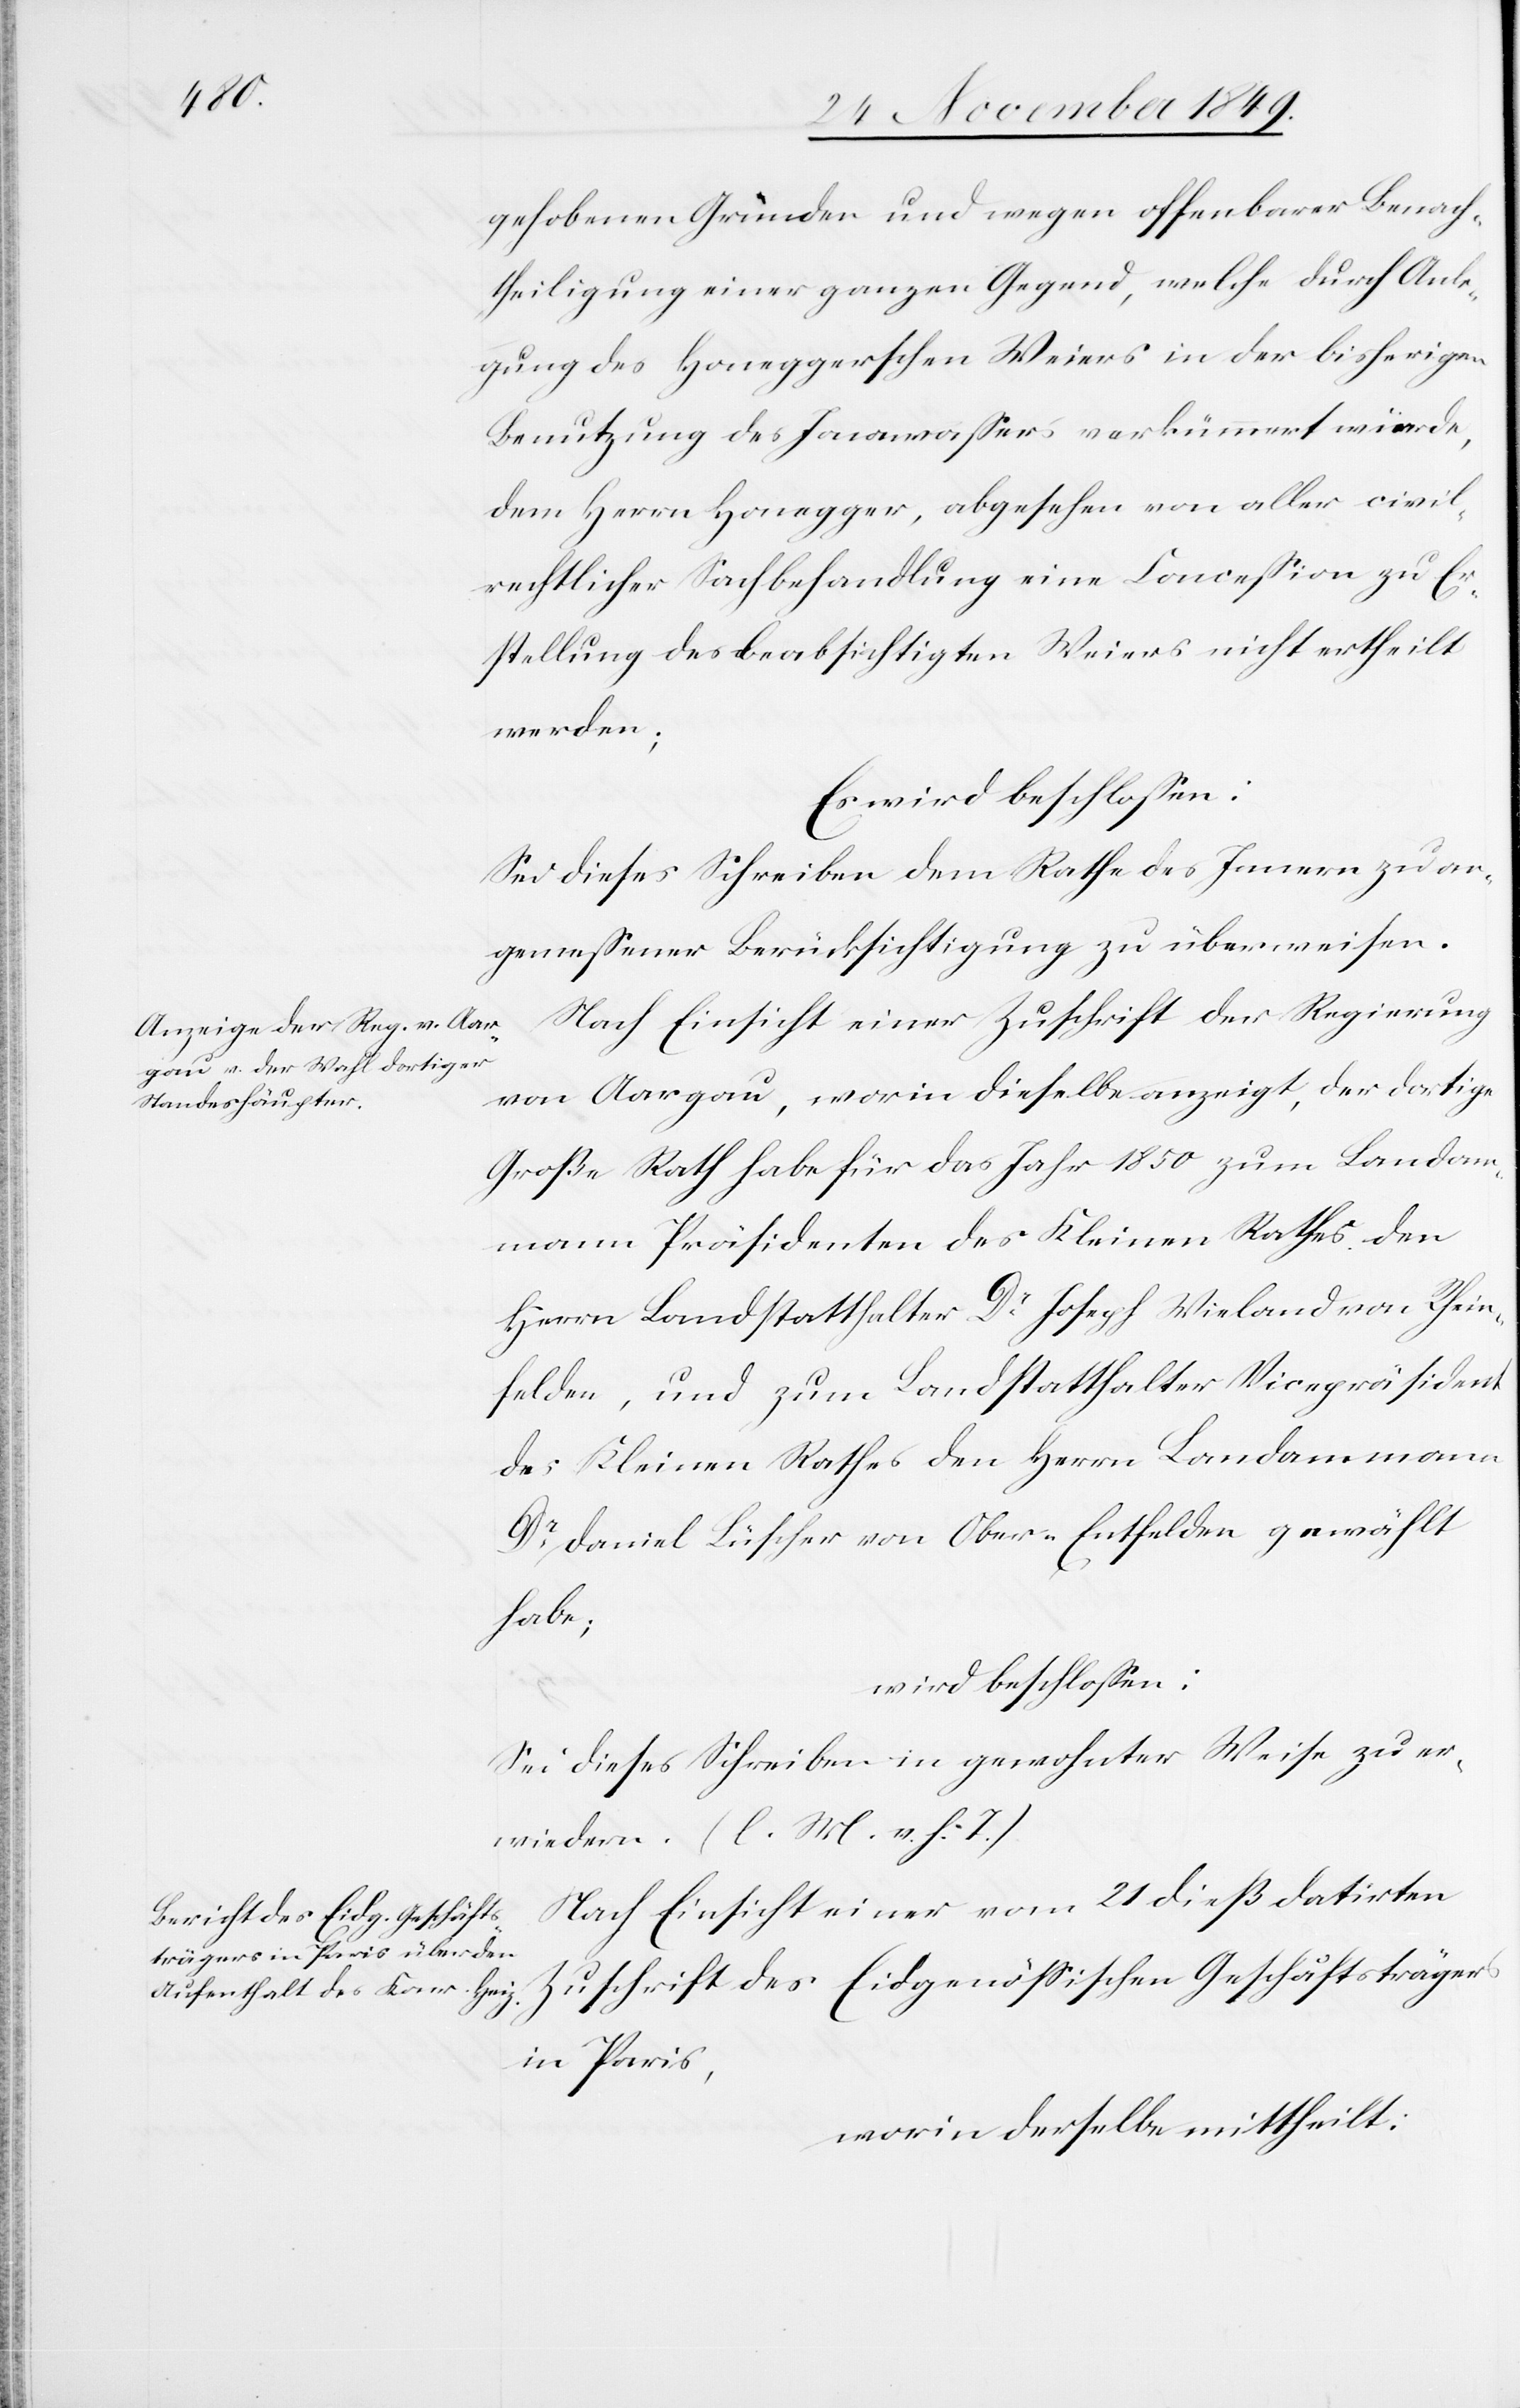
gehobenen Gründen und wegen offenbarer Benach¬
theiligung einer ganzen Gegend, welche durch Anle¬
gung des honeggerschen Weiers in der bisherigen
Benutzung des Jonawaßers verkümmert würde,
dem Herrn Honegger, abgesehen von aller civil¬
rechtlicher Sachbehandlung eine Conceßion zu Er¬
stellung des beabsichtigten Weiers nicht ertheilt
werden;
Es wird beschloßen:
Sei dieses Schreiben dem Rathe des Innern zu an¬
gemeßener Berücksichtigung zu überweisen.
Nach Einsicht einer Zuschrift der Regierung
von Aargau, worin dieselbe anzeigt, der dortige
Große Rath habe für das Jahr 1850 zum Landam¬
mann Präsidenten des Kleinen Rathes den
Herrn Landstatthalter Dr Joseph Wieland von Rhein¬
felden, und zum Landstatthalter Vicepräsident
des Kleinen Rathes den Herrn Landammann
Dr Daniel Lüscher von Ober-Entfelden gewählt
habe;
wird beschloßen:
Sei dieses Schreiben in gewohnter Weise zu er¬
wiedern. [l. M. v. h. T]
Nach Einsicht einer vom 21 dieß datirten
in Paris,
worin derselbe mittheilt: